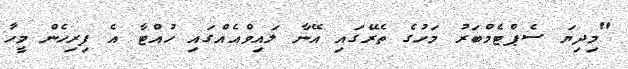
"މިދިޔަ ސެޕްޓެމްބަރު މަހުގެ ތެރޭގައި އޭނާ ލައިވްއެއްގައި ހުއްޓާ އެ ފިރިހެން މީހާ